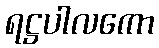
ရဋ္ဌပါလကော